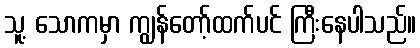
သူ့ သောကမှာ ကျွန်တော့်ထက်ပင် ကြီးနေပါသည်။